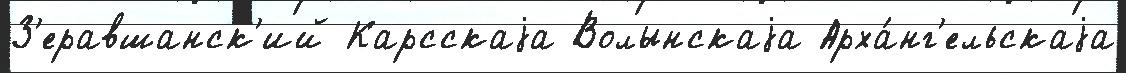
З'еравшанск'ий Карсскаjа Волынскаjа Арха́нг'ельскаjа